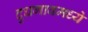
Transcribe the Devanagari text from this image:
दुधगावमध्ये